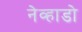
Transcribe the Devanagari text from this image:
नेव्हाडो